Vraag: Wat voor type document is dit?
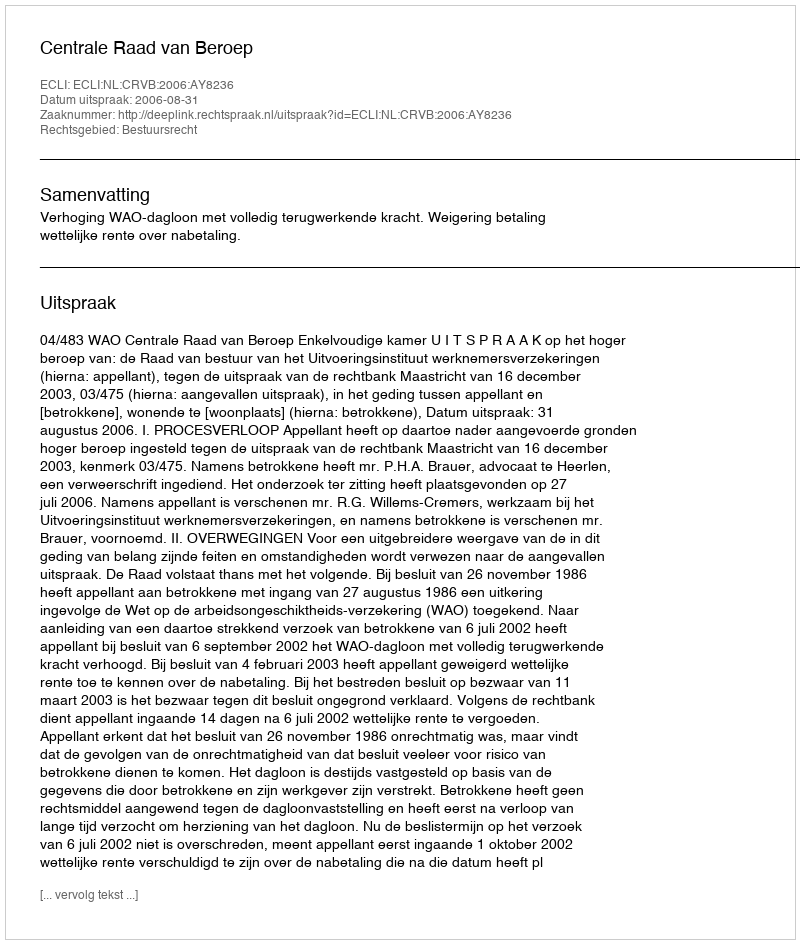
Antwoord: Uitspraak